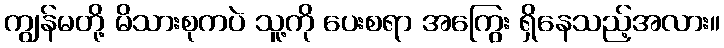
ကျွန်မတို့ မိသားစုကပဲ သူ့ကို ပေးစရာ အကြွေး ရှိနေသည့်အလား။